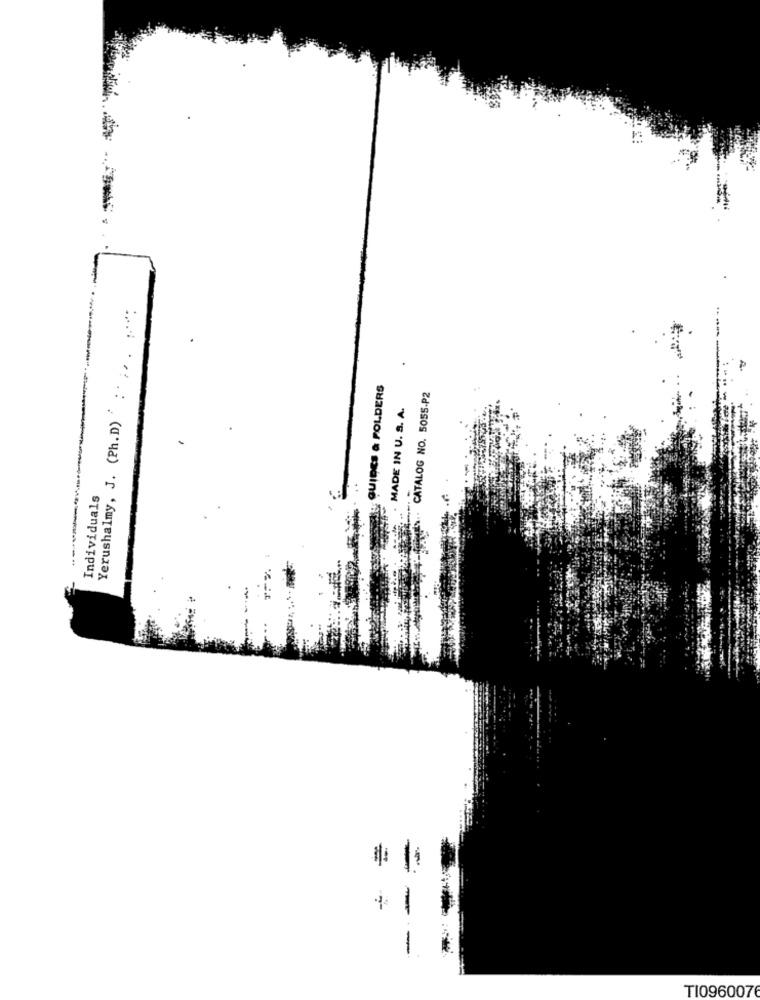
Yerushalmy, J. (Ph.D) ::.. .
QUIDES & FOLDERS
CATALOG NO. 5055.P2
MADE IN U. S. A.
Individuals
-
TI0960076